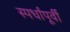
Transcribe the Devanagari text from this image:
स्पर्धांपूर्वी